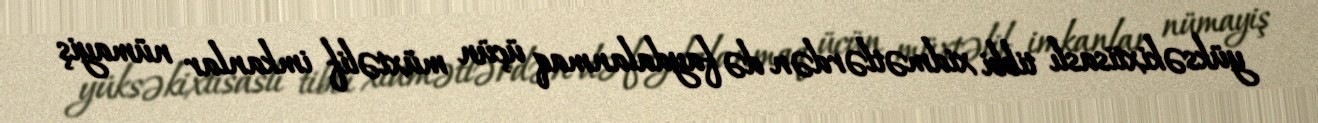
yüksəkixtisaslı tibbi xidmətlərdən də faydalanmaq üçün müxtəlif imkanlar nümayiş